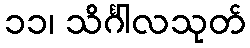
၁၁၊ သိင်္ဂါလသုတ်